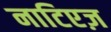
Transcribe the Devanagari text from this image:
नाटिएज़